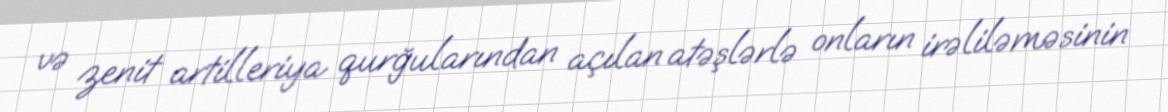
və zenit artilleriya qurğularından açılan atəşlərlə onların irəliləməsinin